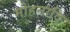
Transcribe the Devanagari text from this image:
मोहनादि